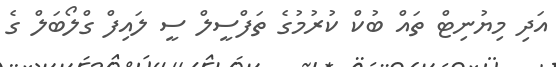
އަދި މިޔުނިޓް ތައް ބުކް ކުރުމުގެ ތަފްސީލް ސީ ލައިފް ގްލޯބަލް ގެ